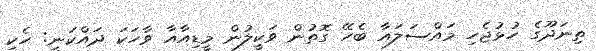
ތިނަދޫގެ ހުޅުޖެހި މައްސަލައާ ބެހޭ ގޮތުން ވަކީލުން މީޑިއާއާ ވާހަކަ ދައްކަނީ: ހެކި